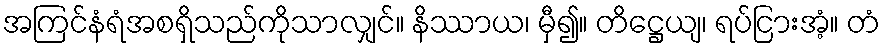
အကြင်နံရံအစရှိသည်ကိုသာလျှင်။ နိဿာယ၊ မှီ၍။ တိဋ္ဌေယျ၊ ရပ်ငြားအံ့။ တံ